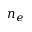
n _ { e }